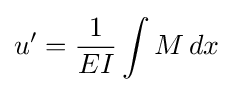
u'={\frac {1}{EI}}\int M\,dx